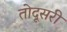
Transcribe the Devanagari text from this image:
तोदूसरी